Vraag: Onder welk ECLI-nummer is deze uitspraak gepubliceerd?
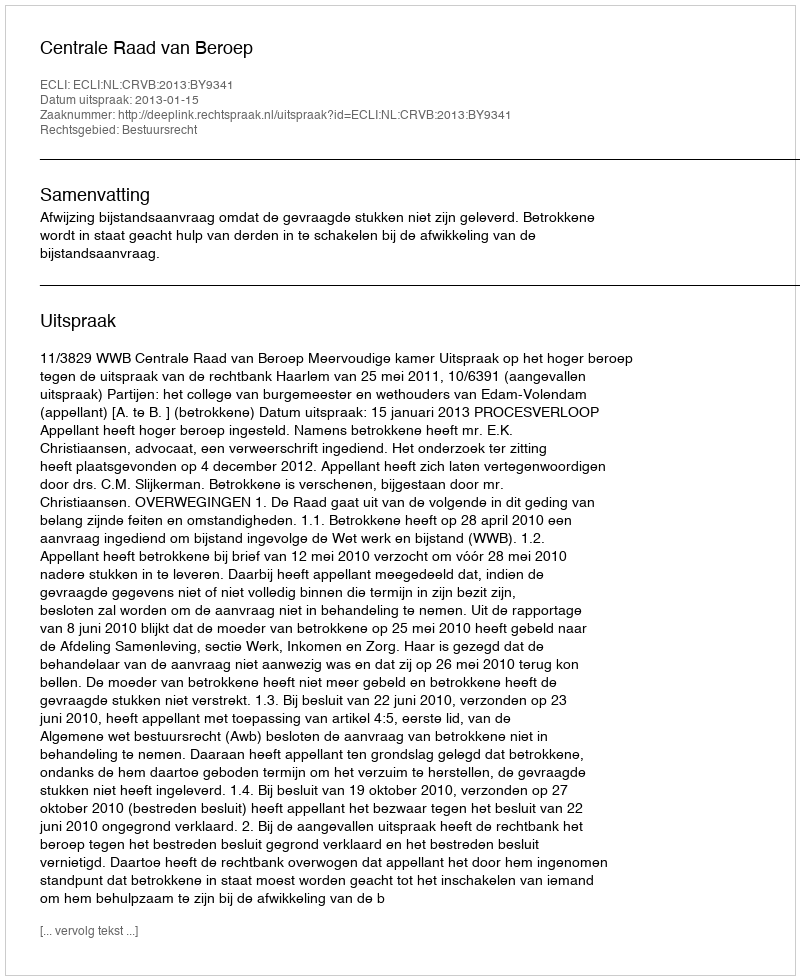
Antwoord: ECLI:NL:CRVB:2013:BY9341